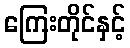
ကြေးတိုင်နှင့်